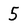
Character: 5